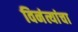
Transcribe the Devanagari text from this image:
विनंत्यांचा